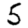
Digit: 5